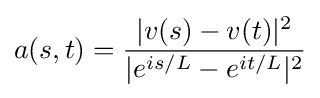
\displaystyle {a(s,t)={|v(s)-v(t)|^{2} \over |e^{is/L}-e^{it/L}|^{2}}}